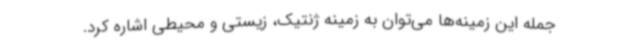
جمله این زمینه‌ها می‌توان به زمینه ژنتیک، زیستی و محیطی اشاره کرد.